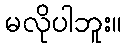
မလိုပါဘူး။